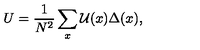
U = \frac { 1 } { N ^ { 2 } } \sum _ { x } \mathcal { U } ( x ) \Delta ( x ) ,